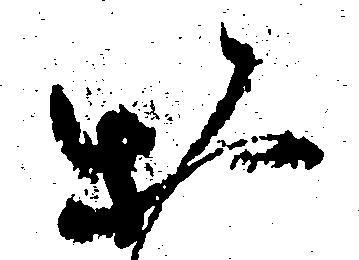
お